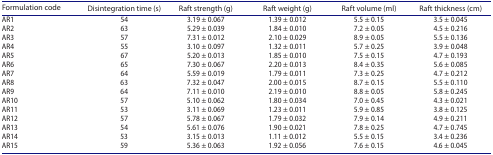
<table><thead><tr><td><b>Formulation code</b></td><td><b>Disintegration time (s)</b></td><td><b>Raft strength (g)</b></td><td><b>Raft weight (g)</b></td><td><b>Raft volume (ml)</b></td><td><b>Raft thickness (cm)</b></td></tr></thead><tbody><tr><td>AR1</td><td>54</td><td>3.19 ± 0.067</td><td>1.39 ± 0.012</td><td>5.5 ± 0.15</td><td>3.5 ± 0.045</td></tr><tr><td>AR2</td><td>63</td><td>5.29 ± 0.039</td><td>1.84 ± 0.010</td><td>7.2 ± 0.05</td><td>4.5 ± 0.216</td></tr><tr><td>AR3</td><td>57</td><td>7.31 ± 0.012</td><td>2.10 ± 0.029</td><td>8.9 ± 0.05</td><td>5.5 ± 0.136</td></tr><tr><td>AR4</td><td>55</td><td>3.10 ± 0.097</td><td>1.32 ± 0.011</td><td>5.7 ± 0.25</td><td>3.9 ± 0.048</td></tr><tr><td>AR5</td><td>67</td><td>5.20 ± 0.013</td><td>1.85 ± 0.010</td><td>7.5 ± 0.15</td><td>4.7 ± 0.193</td></tr><tr><td>AR6</td><td>65</td><td>7.30 ± 0.067</td><td>2.20 ± 0.013</td><td>8.4 ± 0.35</td><td>5.6 ± 0.085</td></tr><tr><td>AR7</td><td>64</td><td>5.59 ± 0.019</td><td>1.79 ± 0.011</td><td>7.3 ± 0.25</td><td>4.7 ± 0.212</td></tr><tr><td>AR8</td><td>63</td><td>7.32 ± 0.047</td><td>2.00 ± 0.015</td><td>8.7 ± 0.15</td><td>5.5 ± 0.110</td></tr><tr><td>AR9</td><td>64</td><td>7.11 ± 0.010</td><td>2.19 ± 0.010</td><td>8.8 ± 0.05</td><td>5.8 ± 0.245</td></tr><tr><td>AR10</td><td>57</td><td>5.10 ± 0.062</td><td>1.80 ± 0.034</td><td>7.0 ± 0.45</td><td>4.3 ± 0.021</td></tr><tr><td>AR11</td><td>53</td><td>3.11 ± 0.069</td><td>1.23 ± 0.011</td><td>5.9 ± 0.85</td><td>3.8 ± 0.125</td></tr><tr><td>AR12</td><td>57</td><td>5.78 ± 0.067</td><td>1.79 ± 0.032</td><td>7.9 ± 0.14</td><td>4.9 ± 0.211</td></tr><tr><td>AR13</td><td>54</td><td>5.61 ± 0.076</td><td>1.90 ± 0.021</td><td>7.8 ± 0.25</td><td>4.7 ± 0.745</td></tr><tr><td>AR14</td><td>53</td><td>3.15 ± 0.013</td><td>1.11 ± 0.012</td><td>5.5 ± 0.15</td><td>3.4 ± 0.236</td></tr><tr><td>AR15</td><td>59</td><td>5.36 ± 0.063</td><td>1.92 ± 0.056</td><td>7.6 ± 0.15</td><td>4.6 ± 0.045</td></tr></tbody></table>